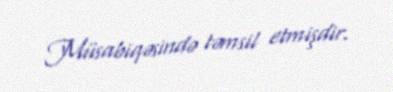
Müsabiqəsində təmsil etmişdir.